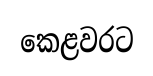
කෙළවරට